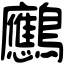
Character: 𪈠